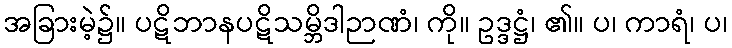
အခြားမဲ့၌။ ပဋိဘာနပဋိသမ္ဘိဒါဉာဏံ၊ ကို။ ဥဒ္ဒဋ္ဌံ၊ ၏။ ပ၊ ကာရံ၊ ပ၊